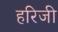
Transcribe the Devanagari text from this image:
हरिजी